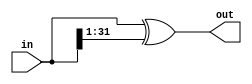
//#############################################################################
//# Function: Binary to gray encoder                                          #
//#############################################################################
//# Author:   Andreas Olofsson                                                #
//# License:  MIT (see LICENSE file in OH! repository)                        #
//#############################################################################

module oh_bin2gray
  #(parameter N = 32 // width of data inputs
    )
   (
    input [N-1:0]  in, //binary encoded input
    output [N-1:0] out //gray encoded output
    );

   assign out[N-1:0] =  in[N-1:0] ^ {1'b0, in[N-1:1]};

endmodule // oh_bin2gray